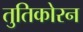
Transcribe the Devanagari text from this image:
तुतिकोरन